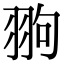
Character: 翑